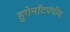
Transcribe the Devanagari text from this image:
हुगेनॉटपंथीय